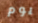
يوم